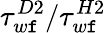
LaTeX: \tau_{w\mathtt{f}}^{D2}/\tau_{w\mathtt{f}}^{H2}